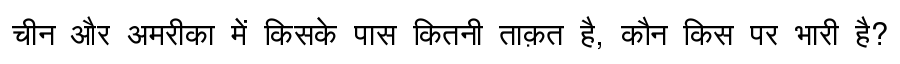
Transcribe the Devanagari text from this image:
चीन और अमरीका में किसके पास कितनी ताक़त है, कौन किस पर भारी है?